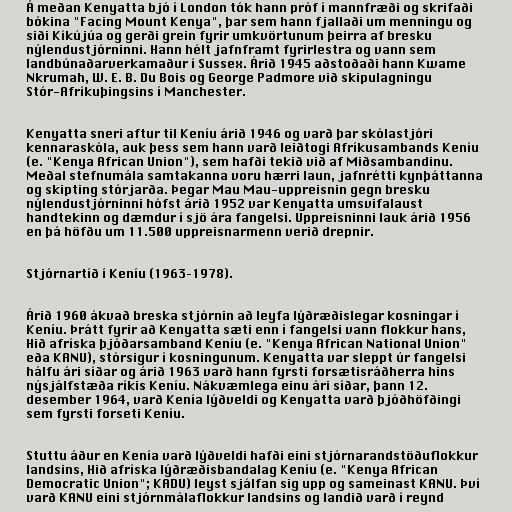
Á meðan Kenyatta bjó í London tók hann próf í mannfræði og skrifaði
bókina "Facing Mount Kenya", þar sem hann fjallaði um menningu og
siði Kíkújúa og gerði grein fyrir umkvörtunum þeirra af bresku
nýlendustjórninni. Hann hélt jafnframt fyrirlestra og vann sem
landbúnaðarverkamaður í Sussex. Árið 1945 aðstoðaði hann Kwame
Nkrumah, W. E. B. Du Bois og George Padmore við skipulagningu
Stór-Afríkuþingsins í Manchester.

Kenyatta sneri aftur til Keníu árið 1946 og varð þar skólastjóri
kennaraskóla, auk þess sem hann varð leiðtogi Afríkusambands Keníu
(e. "Kenya African Union"), sem hafði tekið við af Miðsambandinu.
Meðal stefnumála samtakanna voru hærri laun, jafnrétti kynþáttanna
og skipting stórjarða. Þegar Mau Mau-uppreisnin gegn bresku
nýlendustjórninni hófst árið 1952 var Kenyatta umsvifalaust
handtekinn og dæmdur í sjö ára fangelsi. Uppreisninni lauk árið 1956
en þá höfðu um 11.500 uppreisnarmenn verið drepnir.

Stjórnartíð í Keníu (1963–1978).

Árið 1960 ákvað breska stjórnin að leyfa lýðræðislegar kosningar í
Keníu. Þrátt fyrir að Kenyatta sæti enn í fangelsi vann flokkur hans,
Hið afríska þjóðarsamband Keníu (e. "Kenya African National Union"
eða KANU), stórsigur í kosningunum. Kenyatta var sleppt úr fangelsi
hálfu ári síðar og árið 1963 varð hann fyrsti forsætisráðherra hins
nýsjálfstæða ríkis Keníu. Nákvæmlega einu ári síðar, þann 12.
desember 1964, varð Kenía lýðveldi og Kenyatta varð þjóðhöfðingi
sem fyrsti forseti Keníu.

Stuttu áður en Kenía varð lýðveldi hafði eini stjórnarandstöðuflokkur
landsins, Hið afríska lýðræðisbandalag Keníu (e. "Kenya African
Democratic Union"; KADU) leyst sjálfan sig upp og sameinast KANU. Því
varð KANU eini stjórnmálaflokkur landsins og landið varð í reynd